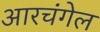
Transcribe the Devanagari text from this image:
आरचंगेल